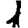
Digit: 1